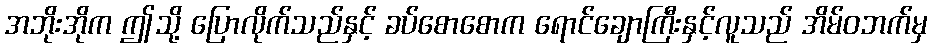
အဘိုးအိုက ဤသို့ ပြောလိုက်သည်နှင့် ခပ်စောစောက ရောင်ချောကြီးနှင့်လူသည် အိမ်ဝဘက်မှ